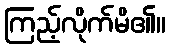
ကြည့်လိုက်မိ၏။